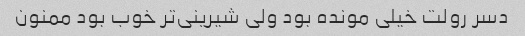
دسر رولت خیلی مونده بود ولی شیرینی‌تر خوب بود ممنون